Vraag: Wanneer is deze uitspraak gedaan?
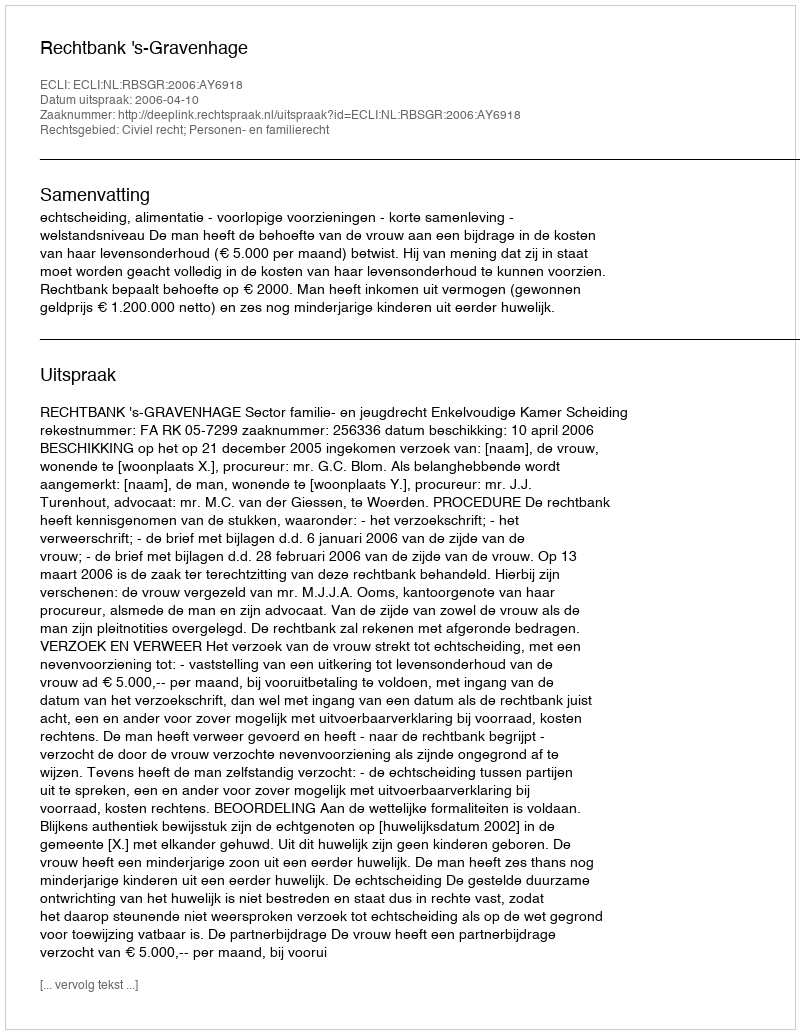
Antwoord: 2006-04-10